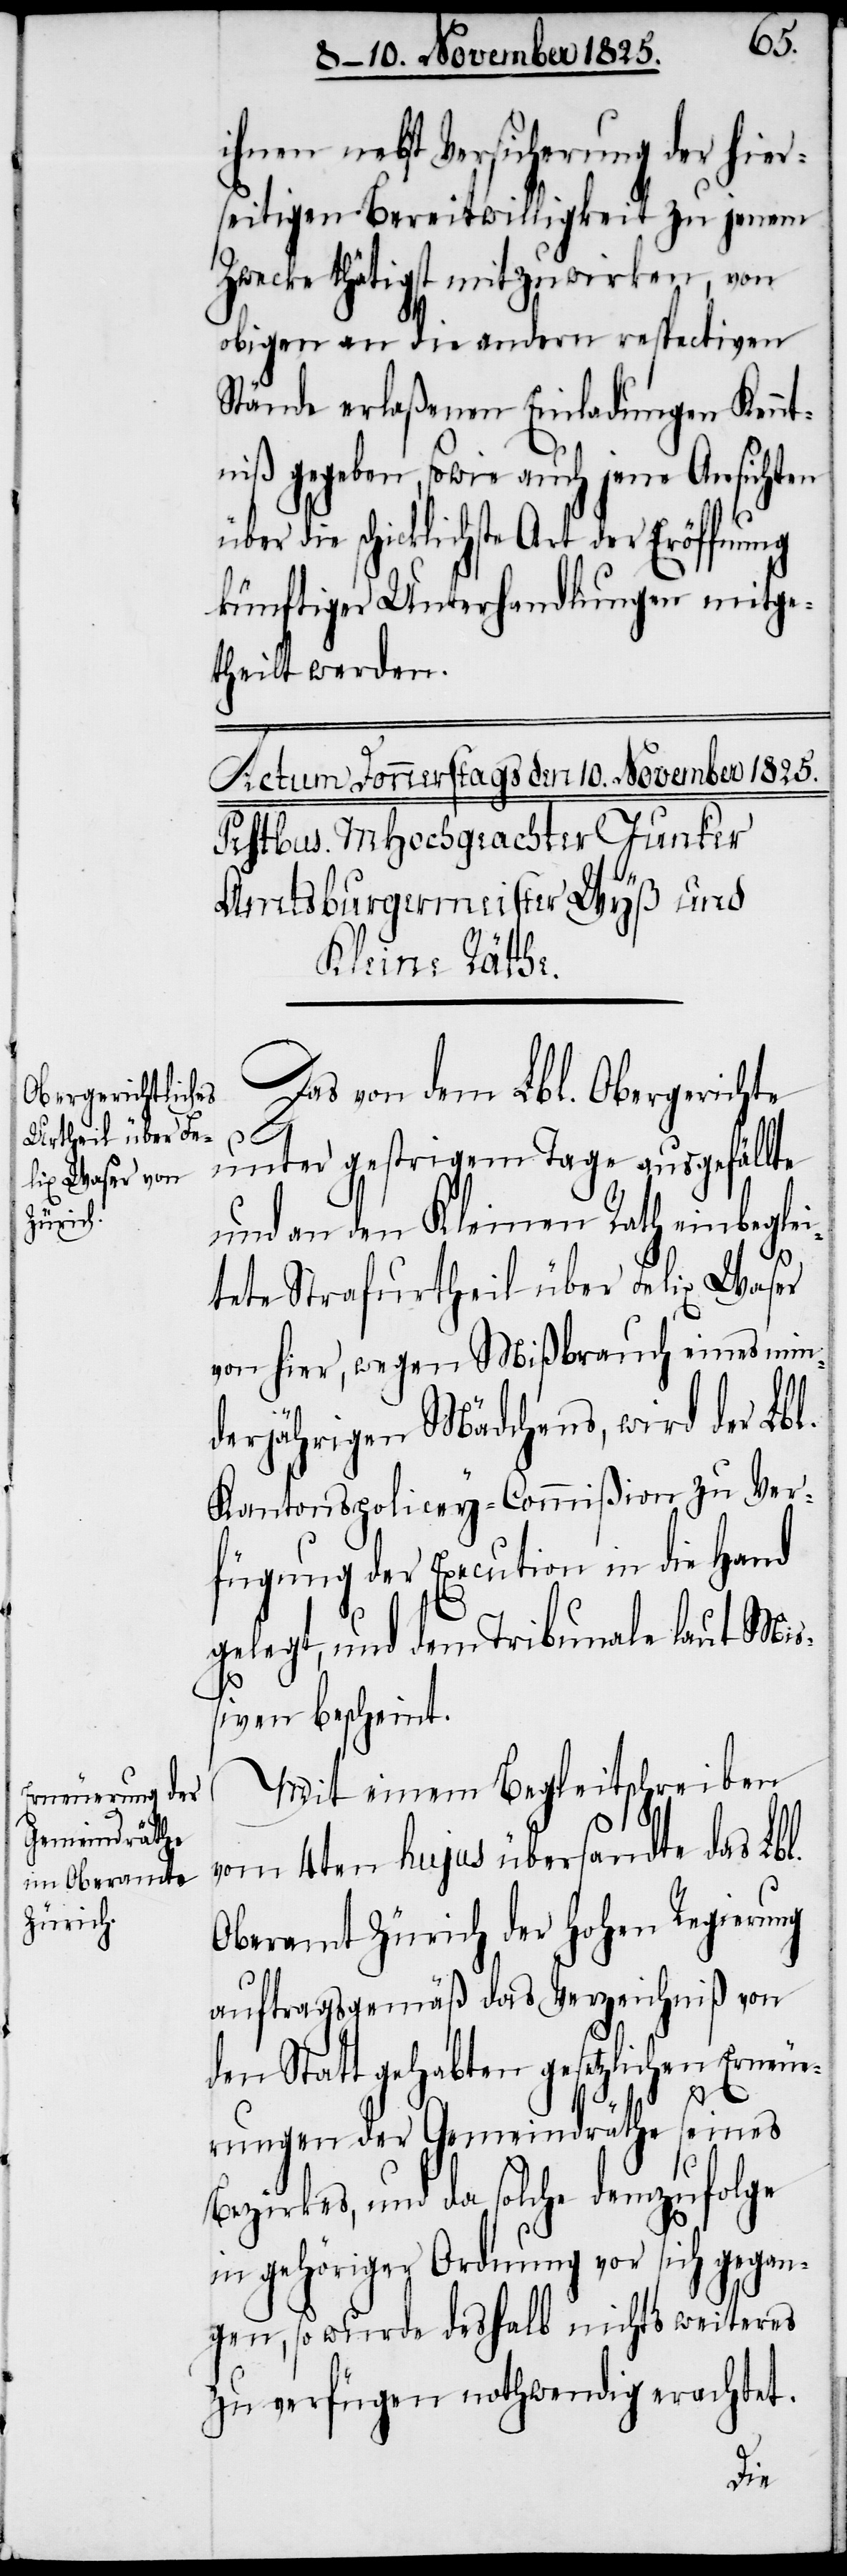
ihnen nebst Versicherung der hier¬
seitigen Bereitswilligkeit zu jenem
Zwecke thätigst mitzuwirken, von
obigen an die andern respectiven
Stände erlaßenen Einladungen Kennt¬
niß gegeben, sowie auch jene Ansichten
die schicklichste Art der Eröffnung
künftiger Unterhandlungen mitge¬
theilt werden.
Das von dem Lbl. Obergerichte
unter gestrigem Tage ausgefällte
und an den Kleinen Rath einbeglei¬
tete Strafurtheil über Felix Waser
von hier, wegen Mißbrauch eines min¬
derjährigen Mädchens, wird der Lbl.
Kantonspolicey-Commißion zu Ver¬
fügung der Execution in die Hand
gelegt, und dem Tribunale laut Mi¬
ßiven bescheint.
Mit einem Begleitschreiben
vom 4ten hujus übersandte das Lbl.
Oberamt Zürich der hohen Regierung
auftragsgemäß das Verzeichniß von
den Statt gehabten gesetzlichen Erneue¬
rungen der Gemeindräthe seines
Bezirkes, und solche demzufolge
in gehöriger Ordnung vor sich gegan¬
gen, so wurde deshalb nichts weiteres
zu verfügen nothwendig erachtet.